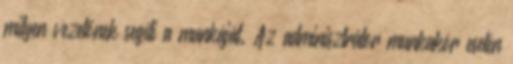
milyen vezetőnek segíti a munkáját. Az adminisztrátor munkakör esetén